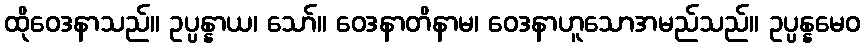
ထိုဝေဒနာသည်။ ဥပ္ပန္နာယ၊ သော်။ ဝေဒနာတိနာမ၊ ဝေဒနာဟူသောအမည်သည်။ ဥပ္ပန္နမေဝ